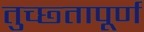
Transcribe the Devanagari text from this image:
तुच्छ्तापूर्ण